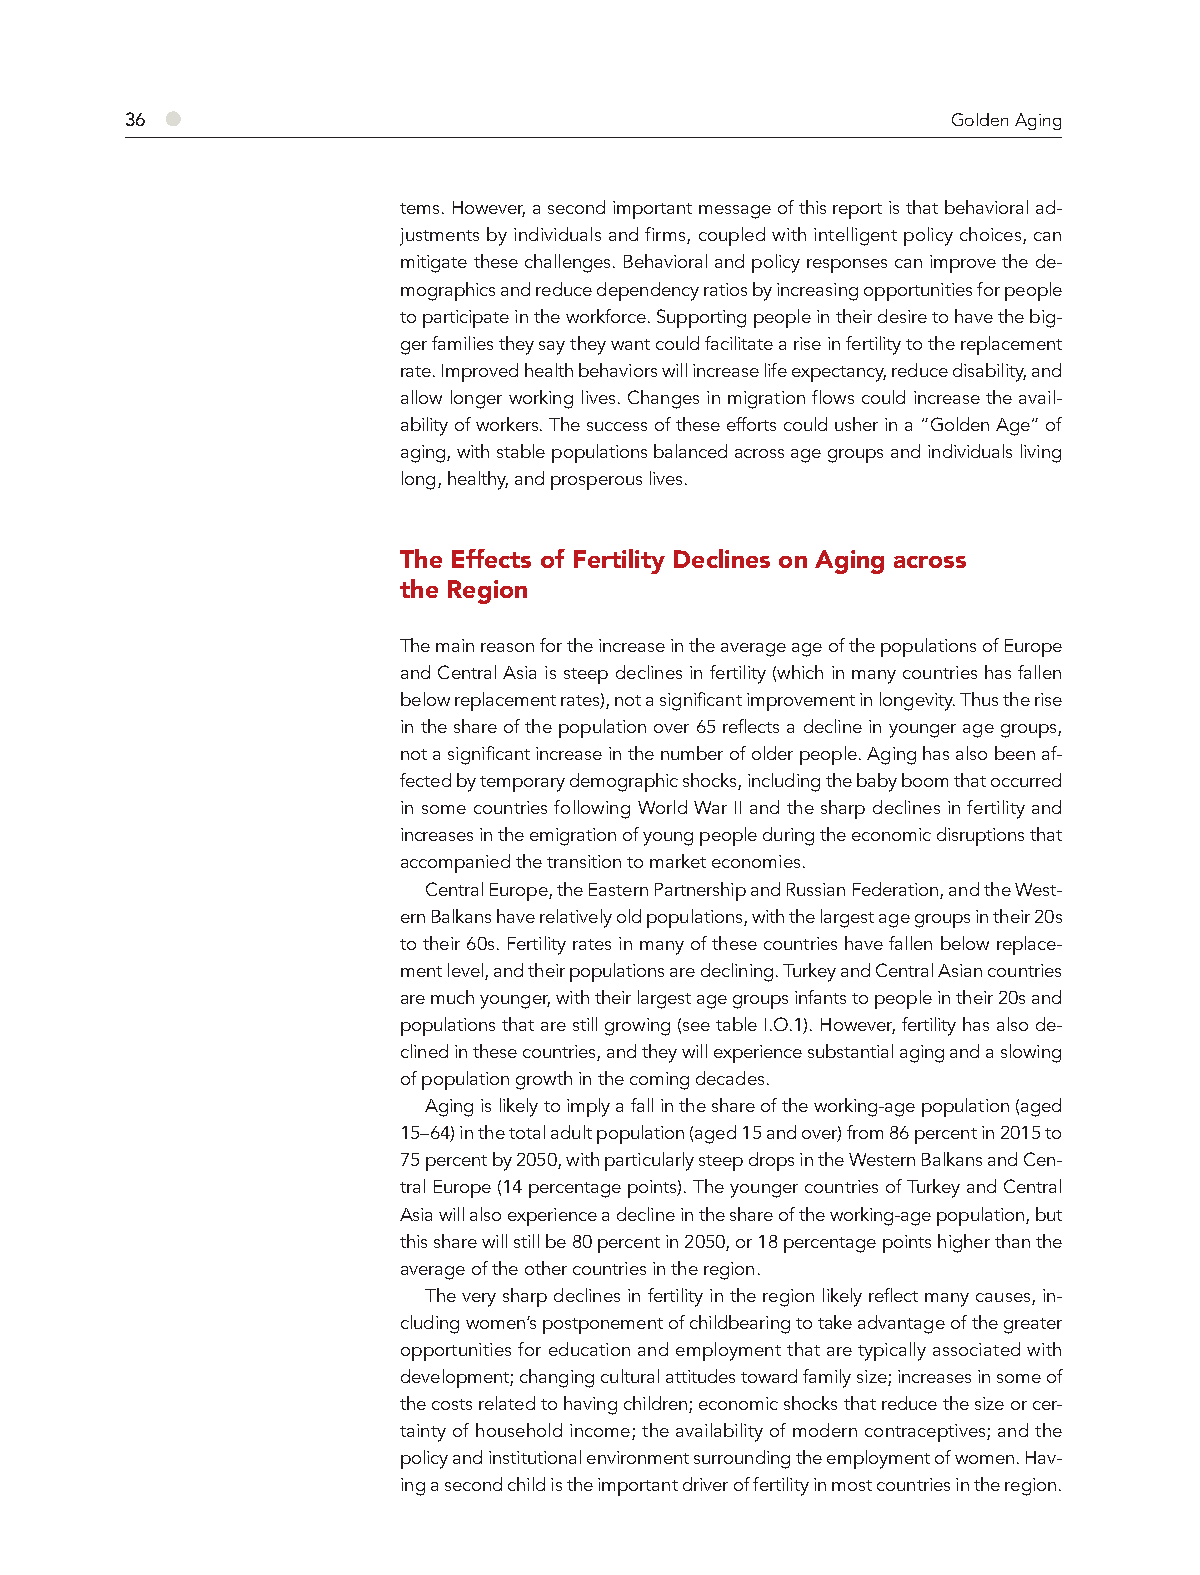
36 ●                                                   Golden Aging
 tems. However, a second important message of this report is that behavioral ad-
 justments by individuals and firms, coupled with intelligent policy choices, can
 mitigate these challenges. Behavioral and policy responses can improve the de-
 mographics and reduce dependency ratios by increasing opportunities for people
 to participate in the workforce. Supporting people in their desire to have the big-
 ger families they say they want could facilitate a rise in fertility to the replacement
 rate. Improved health behaviors will increase life expectancy, reduce disability, and
 allow longer working lives. Changes in migration flows could increase the avail-
 ability of workers. The success of these efforts could usher in a “Golden Age” of
 aging, with stable populations balanced across age groups and individuals living
 long, healthy, and prosperous lives.
 The Effects of Fertility Declines on Aging across
 the Region
 The main reason for the increase in the average age of the populations of Europe
 and Central Asia is steep declines in fertility (which in many countries has fallen
 below replacement rates), not a significant improvement in longevity. Thus the rise
 in the share of the population over 65 reflects a decline in younger age groups,
 not a significant increase in the number of older people. Aging has also been af-
 fected by temporary demographic shocks, including the baby boom that occurred
 in some countries following World War II and the sharp declines in fertility and
 increases in the emigration of young people during the economic disruptions that
 accompanied the transition to market economies.
 Central Europe, the Eastern Partnership and Russian Federation, and the West-
 ern Balkans have relatively old populations, with the largest age groups in their 20s
 to their 60s. Fertility rates in many of these countries have fallen below replace-
 ment level, and their populations are declining. Turkey and Central Asian countries
 are much younger, with their largest age groups infants to people in their 20s and
 populations that are still growing (see table I.O.1). However, fertility has also de-
 clined in these countries, and they will experience substantial aging and a slowing
 of population growth in the coming decades.
 Aging is likely to imply a fall in the share of the working-age population (aged
 15–64) in the total adult population (aged 15 and over) from 86 percent in 2015 to
 75 percent by 2050, with particularly steep drops in the Western Balkans and Cen-
 tral Europe (14 percentage points). The younger countries of Turkey and Central
 Asia will also experience a decline in the share of the working-age population, but
 this share will still be 80 percent in 2050, or 18 percentage points higher than the
 average of the other countries in the region.
 The very sharp declines in fertility in the region likely reflect many causes, in-
 cluding women’s postponement of childbearing to take advantage of the greater
 opportunities for education and employment that are typically associated with
 development; changing cultural attitudes toward family size; increases in some of
 the costs related to having children; economic shocks that reduce the size or cer-
 tainty of household income; the availability of modern contraceptives; and the
 policy and institutional environment surrounding the employment of women. Hav-
 ing a second child is the important driver of fertility in most countries in the region.